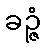
ခဉ္ဇံ